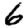
Digit: 6